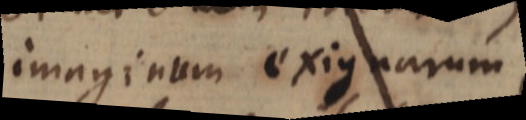
imaginum exiguarum